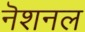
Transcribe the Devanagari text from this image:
नॆशनल